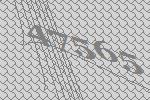
47565